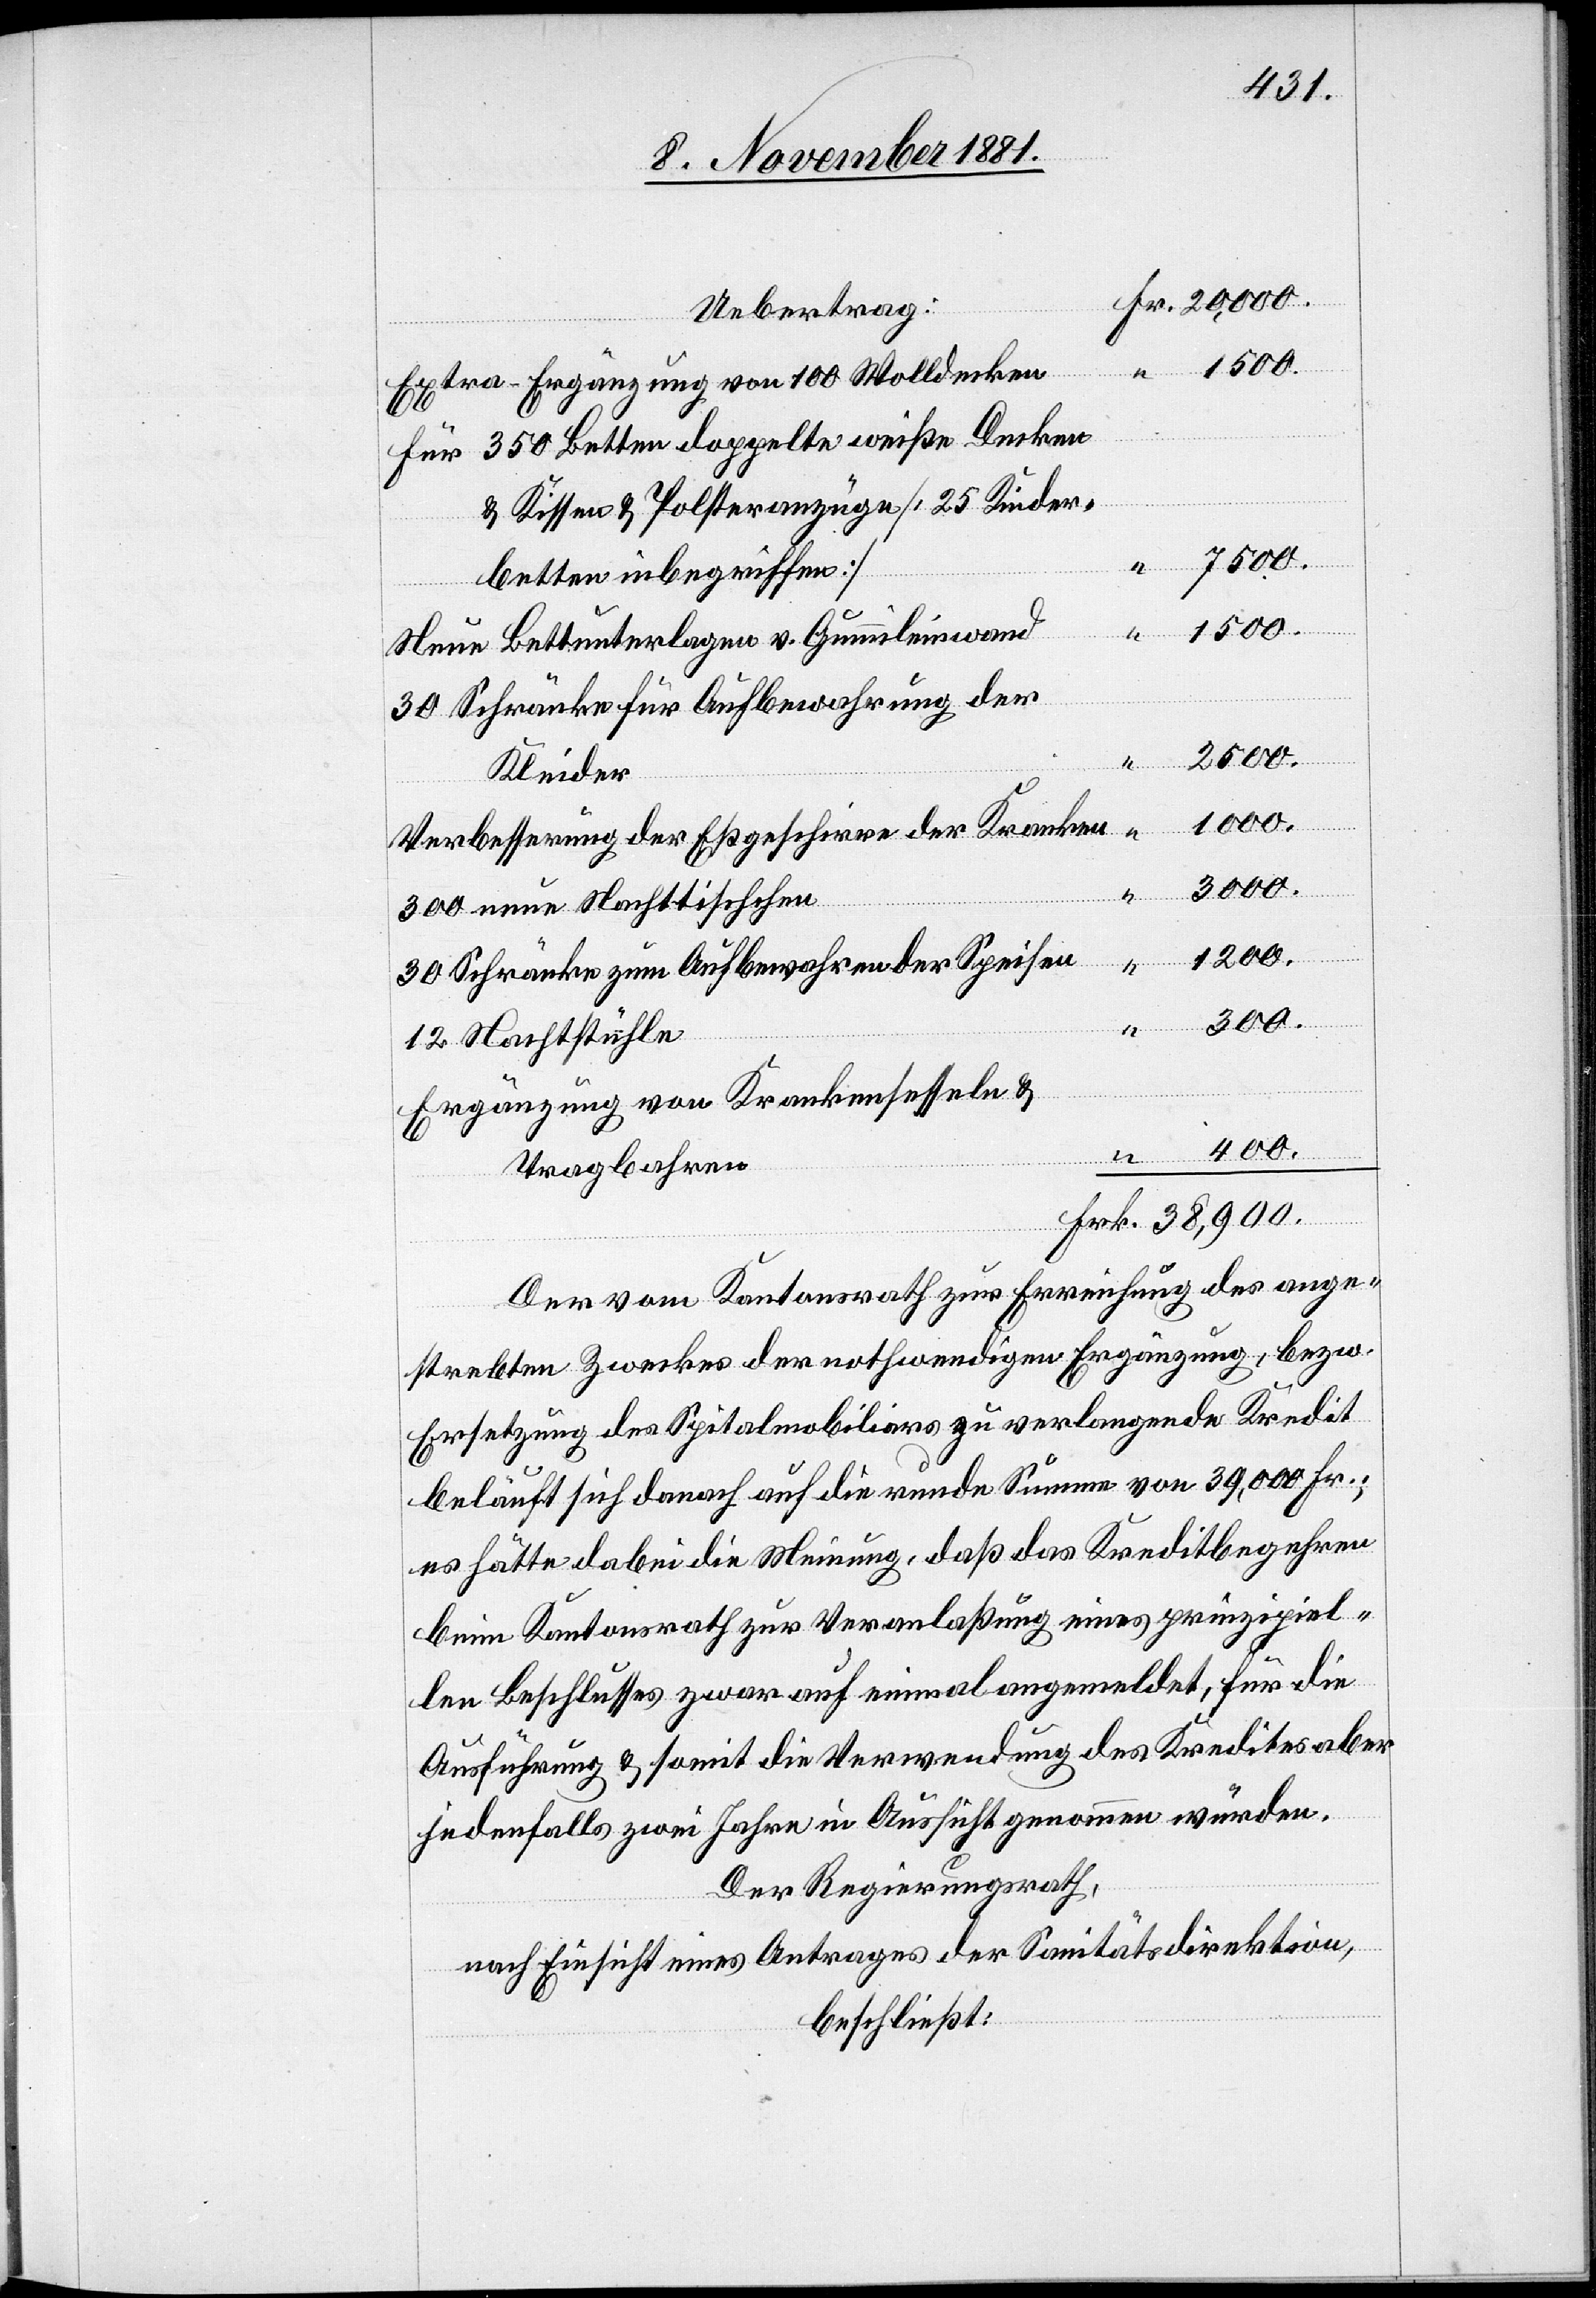
Extra-Ergänzung von 100 Wolldecke¬
Für 350 Betten doppelte weiße Decken
“ 2500.
Neue Bettunterlagen v. Gummileinwan¬
30 Schränke für Aufbewahrung der
d
1000.
Verbesserung der Eßgeschirre der Kranke¬
“
1200.
erbetten
30 Schränke zum Aufbewahren der Speise¬
300.
n
Ergänzung von Krankensesseln
400.
Frk. 38,900.
Der vom Kantonsrath zur Erreichung des ange¬
strebten Zweckes der nothwendigen Ergänzung, bezw.
Ersetzung des Spitalmobiliars zu verlangende Kredit
beläuft sich demnach auf die runde Summe von 39,000 Fr.;
es hätte dabei die Meinung, daß das Kreditbegehren
beim Kantonsrath zur Veranlaßung eines prinzipiel¬
len Beschlusses zwar auf einmal angemeldet, für die
Ausführung & somit die Verwendung des Kredites aber
jedenfalls zwei Jahre in Aussicht genommen würden.
Der Regierungsrath,
nach Einsicht eines Antrages der Sanitätsdirektion,
beschließt: